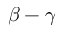
\beta - \gamma